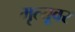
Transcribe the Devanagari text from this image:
मृत्‍यूवर